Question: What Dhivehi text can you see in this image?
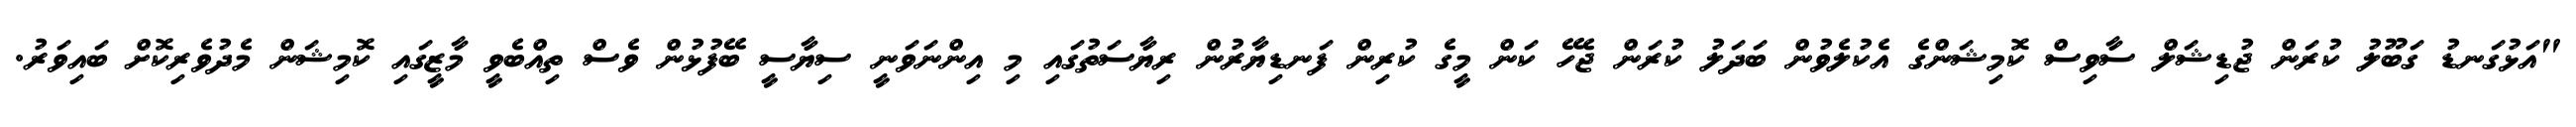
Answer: "އަޅުގަނޑު ގަބޫލު ކުރަން ޖުޑިޝަލް ސާވިސް ކޮމިޝަންގެ އެކުލެވުން ބަދަލު ކުރަން ޖެހޭ ކަން މީގެ ކުރިން ފަނޑިޔާރުން ރިޔާސަތުގައި މި އިންނަވަނީ ސިޔާސީ ބޭފުޅުން ވެސް ތިއްބެވީ މާޒީގައި ކޮމިޝަން މެދުވެރިކޮށް ބައިވަރު.